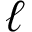
\ell